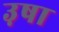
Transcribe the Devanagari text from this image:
उ़षा